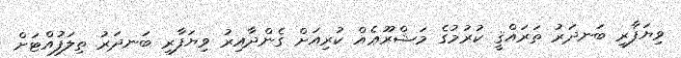
ވިޔަފާރި ބަނދަރު ތަރައްޤީ ކުރުމުގެ މަޝްރޫޢެއް ކުރިއަށް ގެންދާއިރު ވިޔަފާރި ބަނދަރު ތިލަފުއްޓަށް